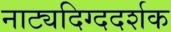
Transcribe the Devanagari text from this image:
नाट्यदिग्ददर्शक